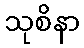
သုစိနာ